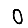
Digit: 0